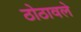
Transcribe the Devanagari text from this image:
ठोठावले